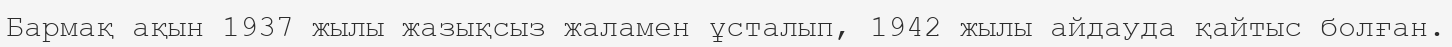
Бармақ ақын 1937 жылы жазықсыз жаламен ұсталып, 1942 жылы айдауда қайтыс болған.